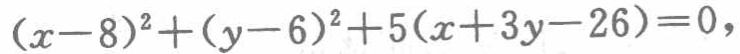
\((x - 8)^2+(y - 6)^2+5(x + 3y - 26)=0\)